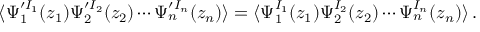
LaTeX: \langle \Psi _ { 1 } ^ { \prime I _ { 1 } } ( z _ { 1 } ) \Psi _ { 2 } ^ { \prime I _ { 2 } } ( z _ { 2 } ) \cdots \Psi _ { n } ^ { \prime I _ { n } } ( z _ { n } ) \rangle = \langle \Psi _ { 1 } ^ { I _ { 1 } } ( z _ { 1 } ) \Psi _ { 2 } ^ { I _ { 2 } } ( z _ { 2 } ) \cdots \Psi _ { n } ^ { I _ { n } } ( z _ { n } ) \rangle \, .